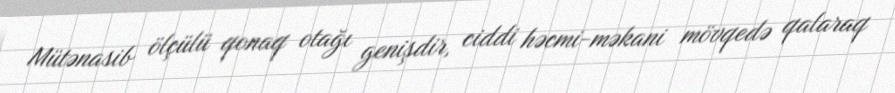
Mütənasib ölçülü qonaq otağı genişdir, ciddi həcmi-məkani mövqedə qalaraq